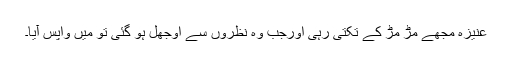
عنیزہ مجھے مڑ مڑ کے تکتی رہی اورجب وہ نظروں سے اوجھل ہو گئی تو مَیں واپس آیا۔